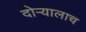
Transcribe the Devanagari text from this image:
दोऱ्यालाच